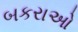
બકરાઓ